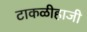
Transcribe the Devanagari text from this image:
टाकळीहाजी